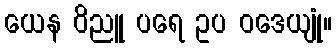
ယေန ဝိညူ ပရေ ဥပ ဝဒေယျုံ။